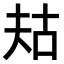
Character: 𫯤